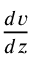
\frac { d v } { d z }